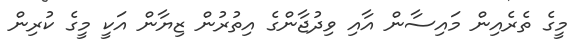
މީގެ ތެރެއިން މައިސާން އާއި ވިދުޖާންގެ އިތުރުން ޒިޔާން އަކީ މީގެ ކުރިން